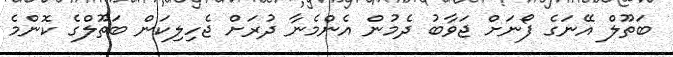
ބަތޫލް އޭނަގެ ފޯނަށް ޖަވާބު ދެމުން އެންމެނާ ދުރަށް ޖެހިލިކަން ބަތޫލްގެ ކޮންމެ